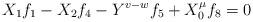
LaTeX: \begin{align*}X_{1}f_{1} - X_{2}f_{4} - Y^{v-w}f_{5} + X_{0}^{\mu}f_{8} = 0\end{align*}